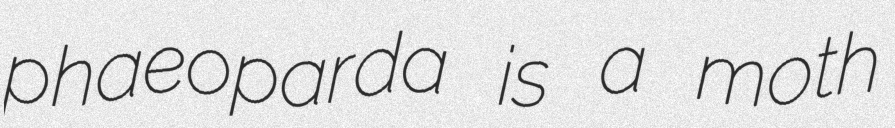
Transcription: phaeoparda is a moth